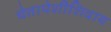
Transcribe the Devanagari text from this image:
चेतापेशींशिवाय